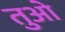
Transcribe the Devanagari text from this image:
तुओ